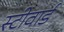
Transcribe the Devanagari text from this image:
स्टीवार्ड